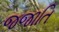
જજાતિ